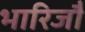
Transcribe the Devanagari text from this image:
भारिजौ